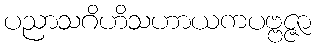
ပညာသဂိဟိသဟာယကပဗ္ဗဇ္ဇာ